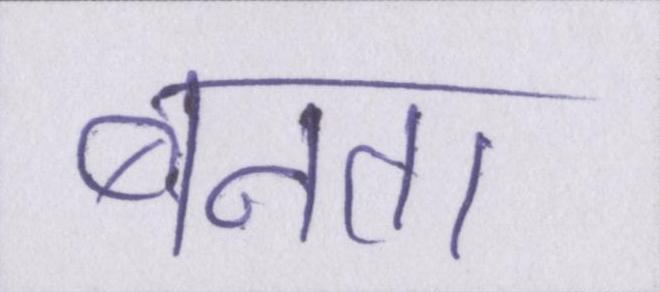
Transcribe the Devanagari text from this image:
बनता